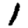
Digit: 1